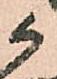
候